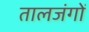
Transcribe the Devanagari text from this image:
तालजंगों